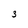
Character: 3